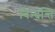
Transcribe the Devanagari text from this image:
विन्दन्ति